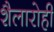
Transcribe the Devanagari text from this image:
शैलारोही